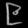
Digit: ၉